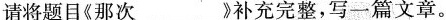
请将题目《那次___》补充完整，写一篇文章。